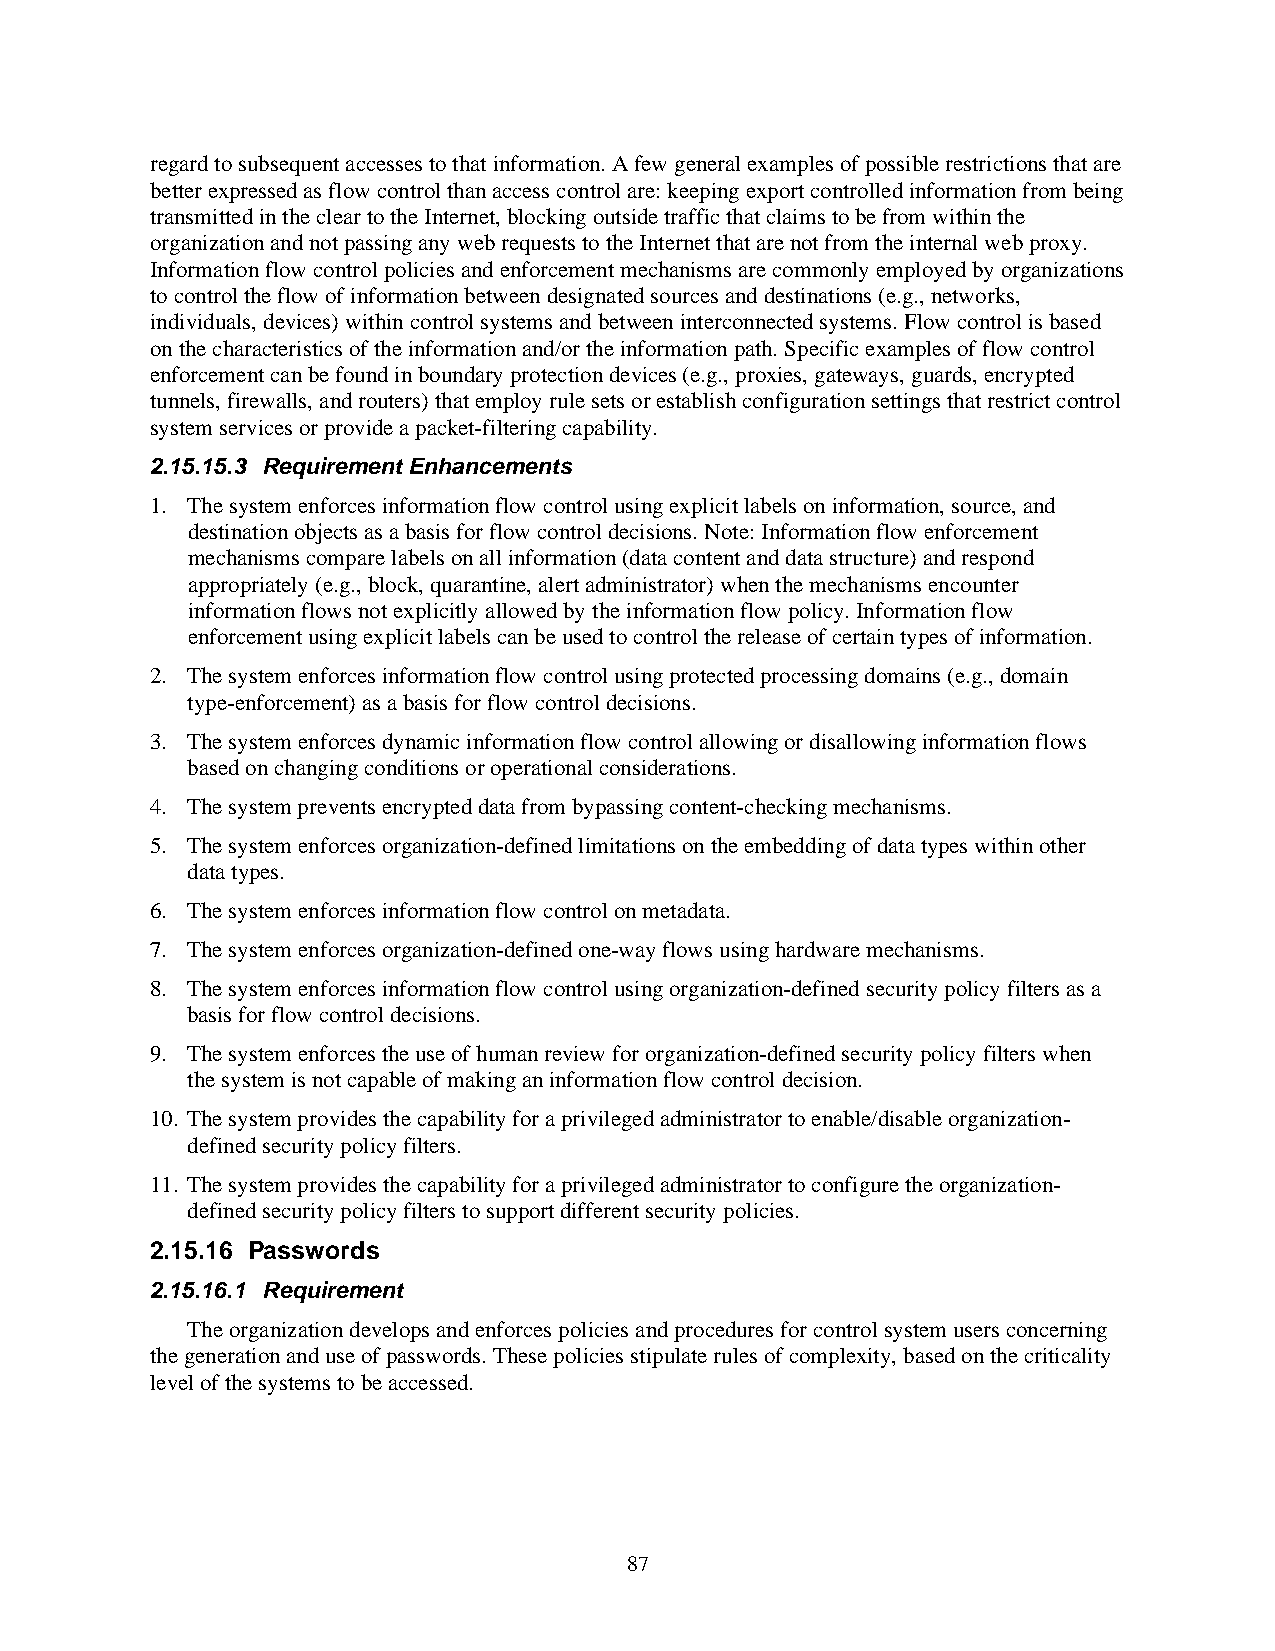
regard to subsequent accesses to that information. A few general examples of possible restrictions that are
 better expressed as flow control than access control are: keeping export controlled information from being
 transmitted in the clear to the Internet, blocking outside traffic that claims to be from within the
 organization and not passing any web requests to the Internet that are not from the internal web proxy.
 Information flow control policies and enforcement mechanisms are commonly employed by organizations
 to control the flow of information between designated sources and destinations (e.g., networks,
 individuals, devices) within control systems and between interconnected systems. Flow control is based
 on the characteristics of the information and/or the information path. Specific examples of flow control
 enforcement can be found in boundary protection devices (e.g., proxies, gateways, guards, encrypted
 tunnels, firewalls, and routers) that employ rule sets or establish configuration settings that restrict control
 system services or provide a packet-filtering capability.
 2.15.15.3 Requirement Enhancements
 1. The system enforces information flow control using explicit labels on information, source, and
 destination objects as a basis for flow control decisions. Note: Information flow enforcement
 mechanisms compare labels on all information (data content and data structure) and respond
 appropriately (e.g., block, quarantine, alert administrator) when the mechanisms encounter
 information flows not explicitly allowed by the information flow policy. Information flow
 enforcement using explicit labels can be used to control the release of certain types of information.
 2. The system enforces information flow control using protected processing domains (e.g., domain
 type-enforcement) as a basis for flow control decisions.
 3. The system enforces dynamic information flow control allowing or disallowing information flows
 based on changing conditions or operational considerations.
 4. The system prevents encrypted data from bypassing content-checking mechanisms.
 5. The system enforces organization-defined limitations on the embedding of data types within other
 data types.
 6. The system enforces information flow control on metadata.
 7. The system enforces organization-defined one-way flows using hardware mechanisms.
 8. The system enforces information flow control using organization-defined security policy filters as a
 basis for flow control decisions.
 9. The system enforces the use of human review for organization-defined security policy filters when
 the system is not capable of making an information flow control decision.
 10. The system provides the capability for a privileged administrator to enable/disable organization-
 defined security policy filters.
 11. The system provides the capability for a privileged administrator to configure the organization-
 defined security policy filters to support different security policies.
 2.15.16 Passwords
 2.15.16.1 Requirement
 The organization develops and enforces policies and procedures for control system users concerning
 the generation and use of passwords. These policies stipulate rules of complexity, based on the criticality
 level of the systems to be accessed.
 87